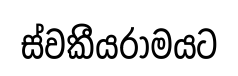
ස්වකීයරාමයට